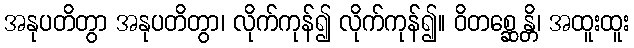
အနုပတိတွာ အနုပတိတွာ၊ လိုက်ကုန်၍ လိုက်ကုန်၍။ ဝိတစ္ဆေန္တိ၊ အထူးထူး